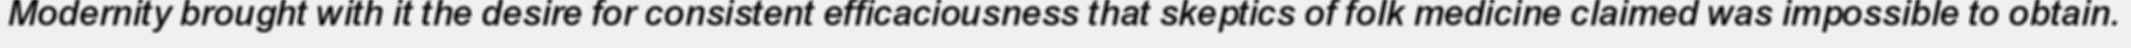
Modernity brought with it the desire for consistent efficaciousness that skeptics of folk medicine claimed was impossible to obtain.